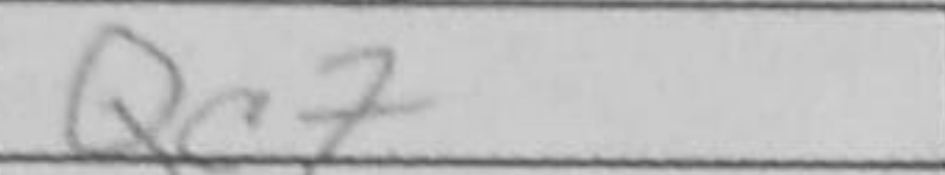
Transcription: Qc7